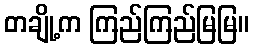
တချို့က ကြည်ကြည်မြမြ။